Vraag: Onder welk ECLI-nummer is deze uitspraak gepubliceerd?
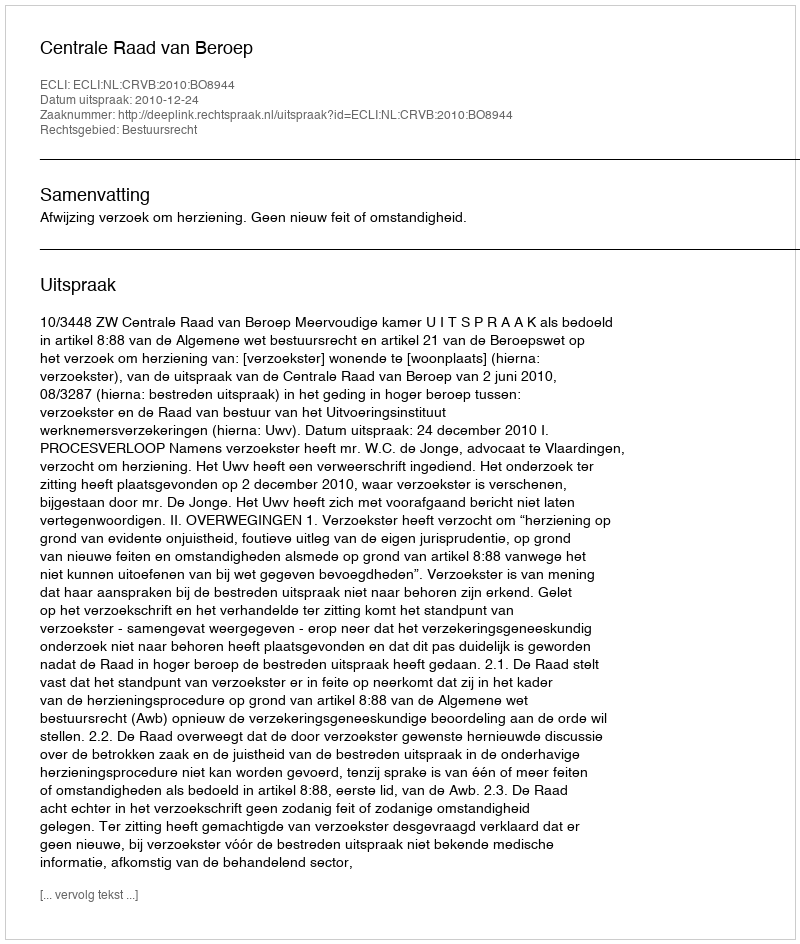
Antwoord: ECLI:NL:CRVB:2010:BO8944